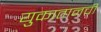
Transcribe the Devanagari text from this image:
युकातानची